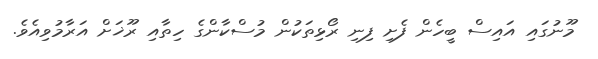
މޫނުގައި އައިސް ބީހެން ފެށި ފިނި ރޯޅިތަކުން މުސްކާންގެ ހިތާއި ރޫޚަށް އަރާމުވިއެވެ.